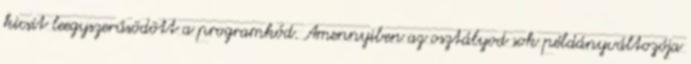
kicsit leegyszerűsödött a programkód. Amennyiben az osztályod sok példányváltozója